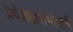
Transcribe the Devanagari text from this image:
प्रवेशद्वाराभोवती